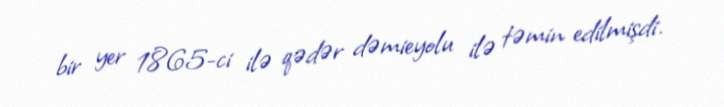
bir yer 1865-ci ilə qədər dəmieyolu ilə təmin edilmişdi.